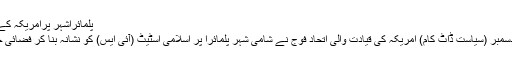
پلمائراشہر پرامریکہ کے فضائی حملے
واشنگٹن، 17 دسمبر (سیاست ڈاٹ کام) امریکہ کی قیادت والی اتحاد فوج نے شامی شہر پلمائرا پر اسلامی اسٹیٹ (آئی ایس) کو نشانہ بنا کر فضائی حملے کئے ہیں۔